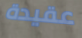
عقيدة